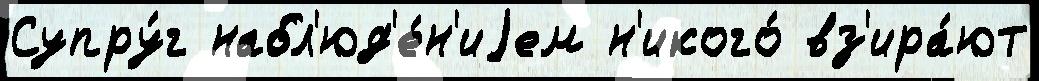
Супру́г набл'юд'е́н'иjем н'икого́ вз'ира́ют